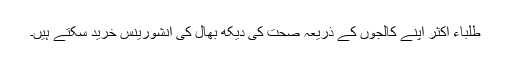
طلباء اکثر اپنے کالجوں کے ذریعہ صحت کی دیکھ بھال کی انشورینس خرید سکتے ہیں۔